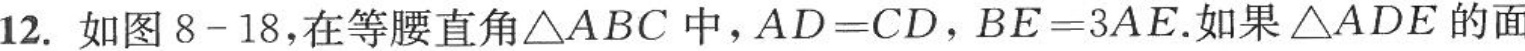
12. 如图8-18，在等腰直角△ABC中，$$A D = C D$$，$$B E = 3 A E$$. 如果△ADE的面